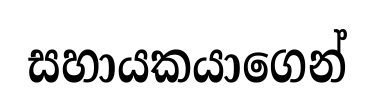
සහායකයාගෙන්